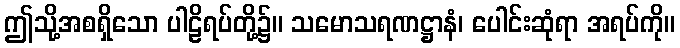
ဤသို့အစရှိသော ပါဠိရပ်တို့၌။ သမောသရဏဋ္ဌာနံ၊ ပေါင်းဆုံရာ အရပ်ကို။